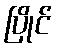
ပြိုင်